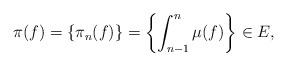
LaTeX: \begin{align*}\pi(f)=\{\pi_n(f)\}=\left\{\int_{n-1}^n\mu(f) \right\}\in E,\end{align*}